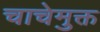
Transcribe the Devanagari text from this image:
चाचेमुक्त